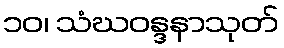
၁၀၊ သံဃဝန္ဒနာသုတ်